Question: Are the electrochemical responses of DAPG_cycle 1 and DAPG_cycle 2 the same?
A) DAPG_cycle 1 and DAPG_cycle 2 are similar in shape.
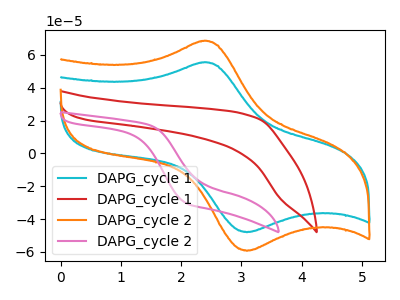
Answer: <think>The cyan curve "DAPG_cycle 1" has an anodic peak at (2.35V, 55.40uA) and a cathodic peak at (3.10V, -48.00uA). The red curve "DAPG_cycle 1" has no peaks. The orange curve "DAPG_cycle 2" has an anodic peak at (2.35V, 68.45uA) and a cathodic peak at (3.10V, -59.35uA). The pink curve "DAPG_cycle 2" has no peaks.
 All the peaks in "DAPG_cycle 1" have a peak in "DAPG_cycle 2" at the same potential. Every peak in "DAPG_cycle 1" is lower than every peak in "DAPG_cycle 2".</think>
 <answer>A) "DAPG_cycle 1" and "DAPG_cycle 2" are similar in shape.</answer>
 <eval>A</eval>